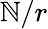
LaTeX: \mathbb{N}/r